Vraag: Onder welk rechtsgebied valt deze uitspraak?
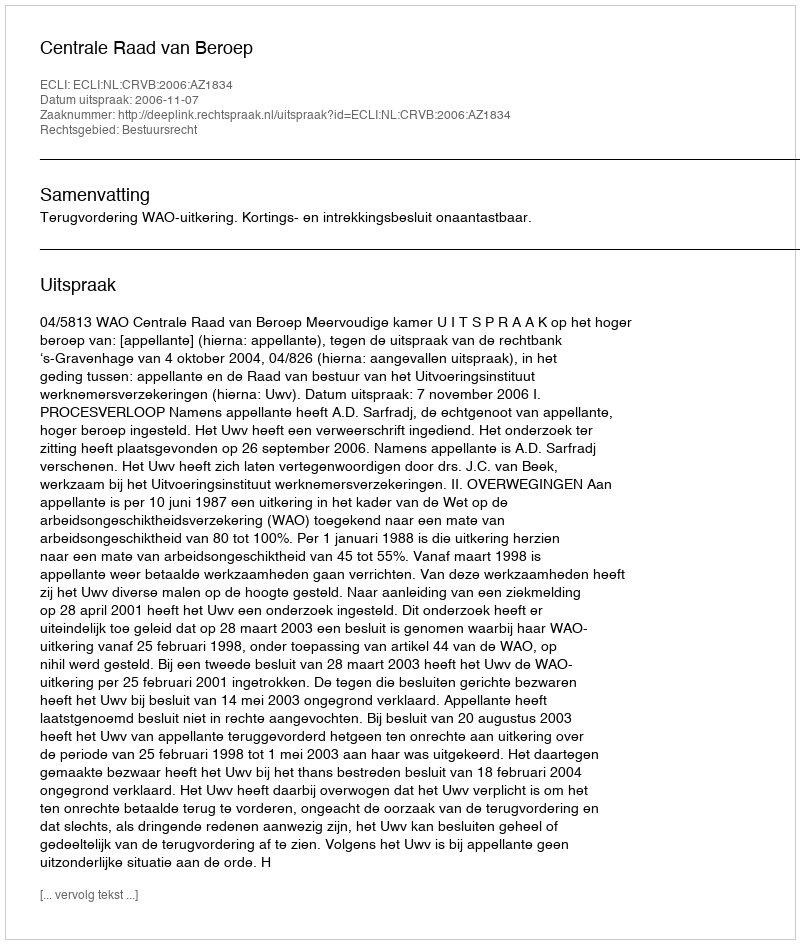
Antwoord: Bestuursrecht